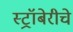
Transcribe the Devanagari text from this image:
स्ट्रॉबेरीचे